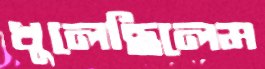
খুলেছিলেম